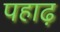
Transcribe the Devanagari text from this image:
पहाढ़